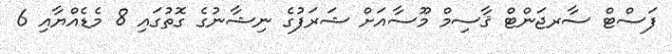
ފަސްޓް ސާރޖަންޓް ޤާސިމް މޫސާއަށް ޝަރަފުގެ ނިޝާނުގެ ގޮތުގައި 8 މެޑެއްޔާއި 6